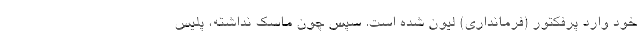
خود وارد پرفکتور (فرمانداری) لیون شده است. سپس چون ماسک نداشته، پلیس